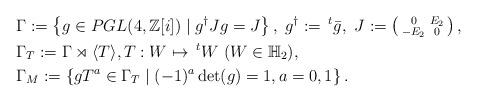
LaTeX: \begin{align*}\begin{aligned} & \Gamma:=\left\{ g\in PGL(4,\mathbb{Z}[i])\mid g^{\dagger}Jg=J\right\} ,\;g^{\dagger}:=\,^{t}\bar{g},\,\,J:=\left(\begin{smallmatrix}0 & E_{2}\\-E_{2} & 0\end{smallmatrix}\right),\\ & \Gamma_{T}:=\Gamma\rtimes\langle T\rangle,T:W\mapsto\,^{t}W\,\,(W\in\mathbb{H}_{2}),\\ & \Gamma_{M}:=\left\{ gT^{a}\in\Gamma_{T}\mid(-1)^{a}\det(g)=1,a=0,1\right\} .\end{aligned}\end{align*}